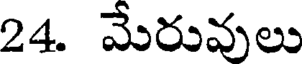
24. మేరువులు